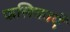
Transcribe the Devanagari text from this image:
फलिकाएँ